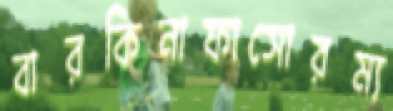
বারকিনাফাসোরম্য